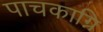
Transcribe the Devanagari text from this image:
पाचकाग्नि